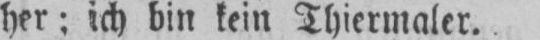
her; ich bin kein Thiermaler.